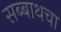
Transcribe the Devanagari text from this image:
सब्बाथचा